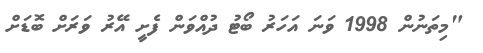
"މިތަނުން 1998 ވަނަ އަހަރު ބޯޓު ދުއްވަން ފެށީ އޭރު ވަރަށް ބޮޑަށް